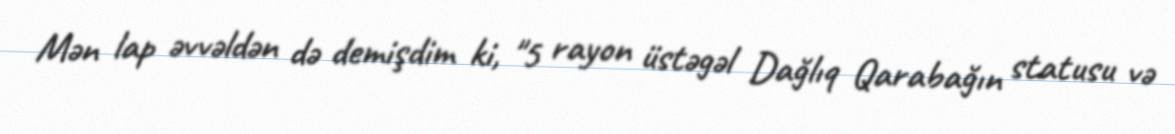
Mən lap əvvəldən də demişdim ki, "5 rayon üstəgəl Dağlıq Qarabağın statusu və